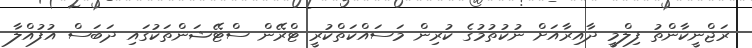
ރަޖްނީކާންތު ފިލްމީ ދާއިރާއަށް ނުކުތުމުގެ ކުރިން މަސައްކަތްކުރީ ޓްރޭން ސްޓޭޝަންތަކުގައި ދަބަސް އުފުއްލާ